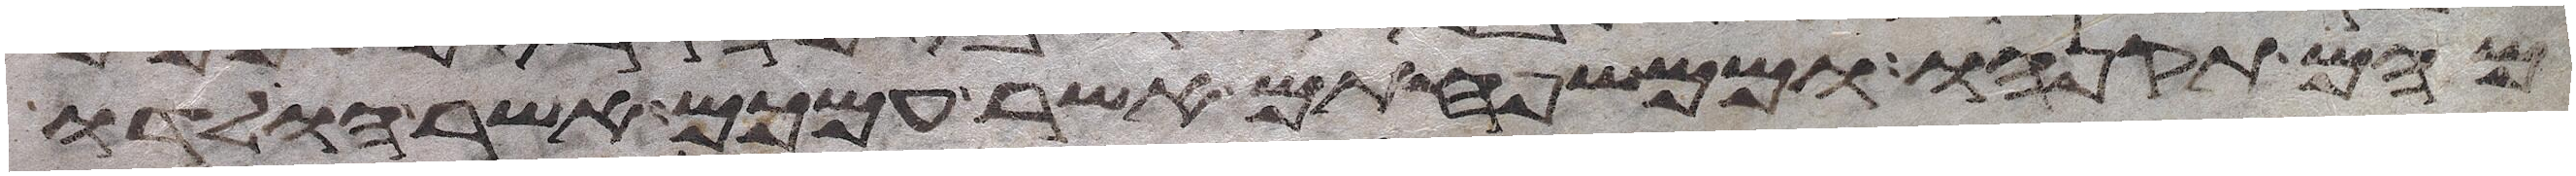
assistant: מהם תקנהו וממשפחתם אשר עמכם אשר הולדו